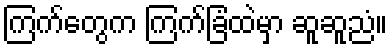
ကြက်တွေက ကြက်ခြံထဲမှာ ဆူဆူညံ။